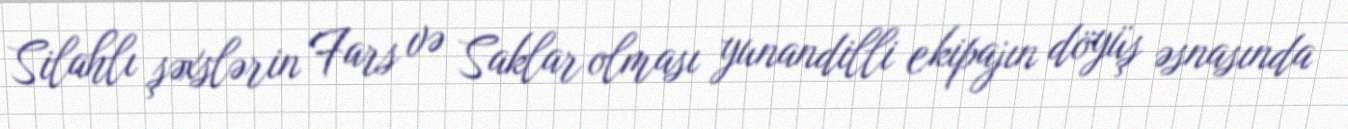
Silahlı şəxslərin Fars və Saklar olması yunandilli ekipajın döyüş əsnasında